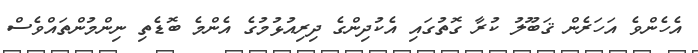
އެހެންވެ އަހަރެން ޤަބޫލު ކުރާ ގޮތުގައި އެކުދިންގެ ދިރިއުޅުމުގެ އެންމެ ބޮޑެތި ނިންމުންތައްވެސް